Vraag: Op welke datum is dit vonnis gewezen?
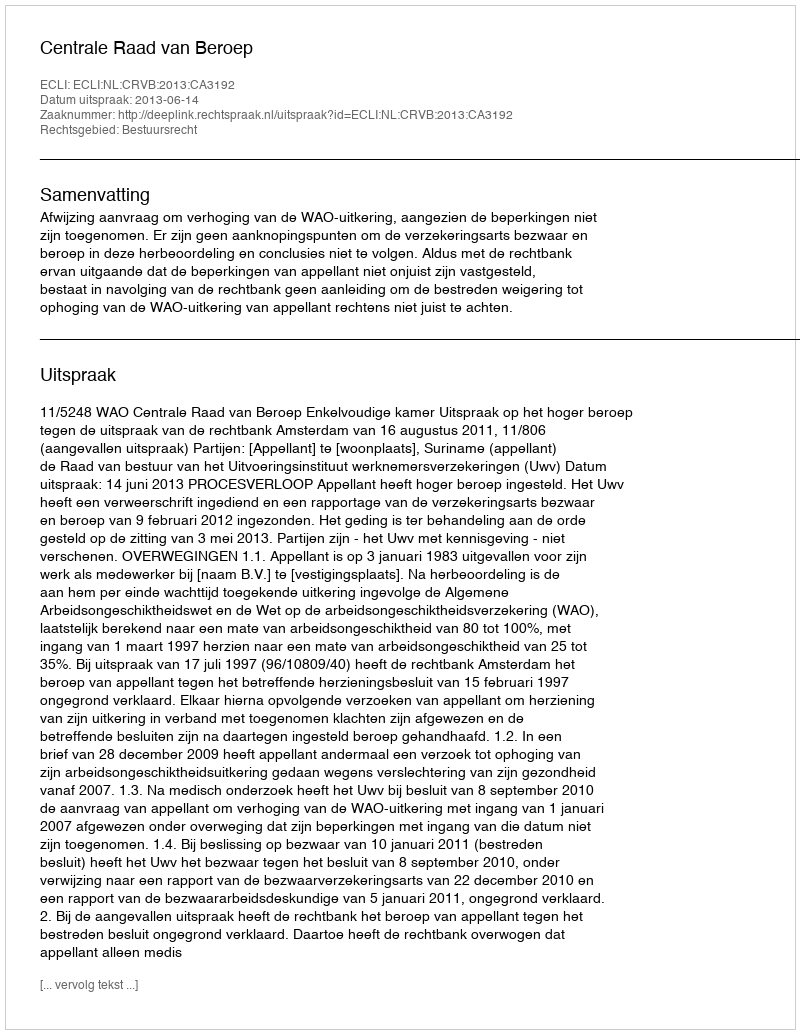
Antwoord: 2013-06-14